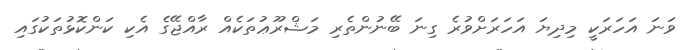
ވަނަ އަހަރަކީ މިދިޔަ އަހަރަށްވުރެ ގިނަ ބޭނުންތެރި މަޝްރޫޢުތަކެއް ރާއްޖޭގެ އެކި ކަންކޮޅުތަކުގައި